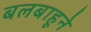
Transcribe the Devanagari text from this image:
बलबाहूने